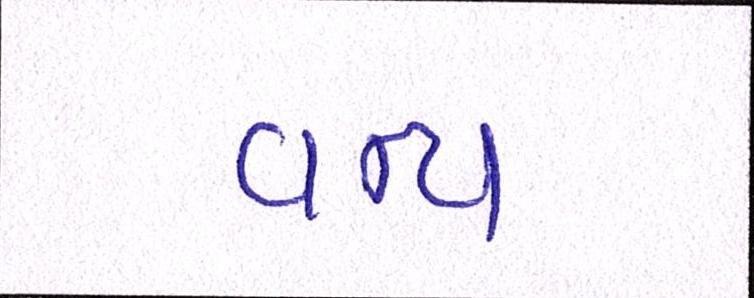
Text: વન્ય